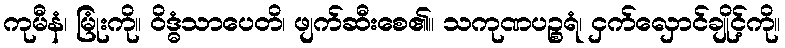
ကုမီနံ၊ မြုံးကို။ ဝိဒ္ဓံသာပေတိ၊ ဖျက်ဆီးစေ၏။ သကုဏပဉ္စရံ၊ ငှက်လှောင်ချိုင့်ကို။